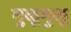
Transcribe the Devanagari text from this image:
मुळूमुळू